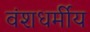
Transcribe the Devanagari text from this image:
वंशधर्मीय